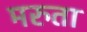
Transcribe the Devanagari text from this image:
मरुता